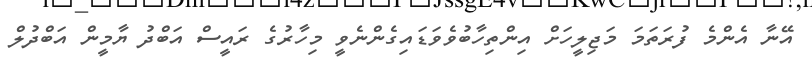
އޭނާ އެންމެ ފުރަތަމަ މަޖިލީހަށް އިންތިހާބުވެވަޑައިގެންނެވީ މިހާރުގެ ރައީސް އަބްދު ޔާމީން އަބްދުލް